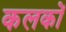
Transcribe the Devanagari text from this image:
कलकों